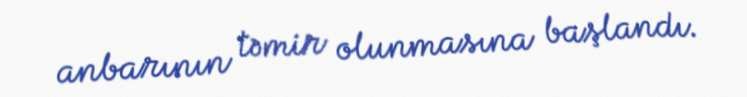
anbarının təmir olunmasına başlandı.